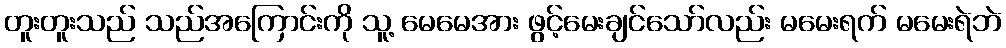
တူးတူးသည် သည်အကြောင်းကို သူ့ မေမေအား ဖွင့်မေးချင်သော်လည်း မမေးရက် မမေးရဲဘဲ